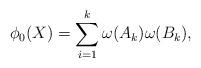
LaTeX: \begin{align*}\phi_0(X)=\sum_{i=1}^k \omega(A_k)\omega(B_k),\end{align*}